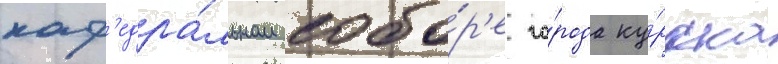
каф'едра́льном собо́р'е го́рода ку́рска